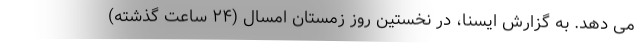
می دهد. به گزارش ایسنا، در نخستین روز زمستان امسال (۲۴ ساعت گذشته)